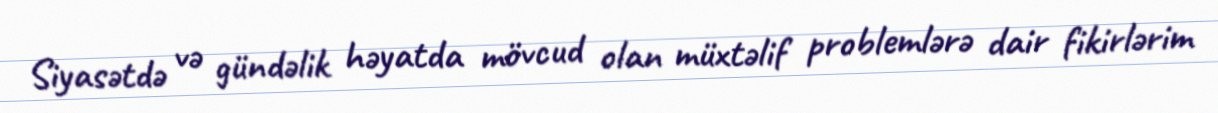
Siyasətdə və gündəlik həyatda mövcud olan müxtəlif problemlərə dair fikirlərim